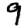
Digit: 9